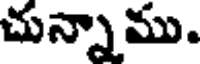
చున్నాము.